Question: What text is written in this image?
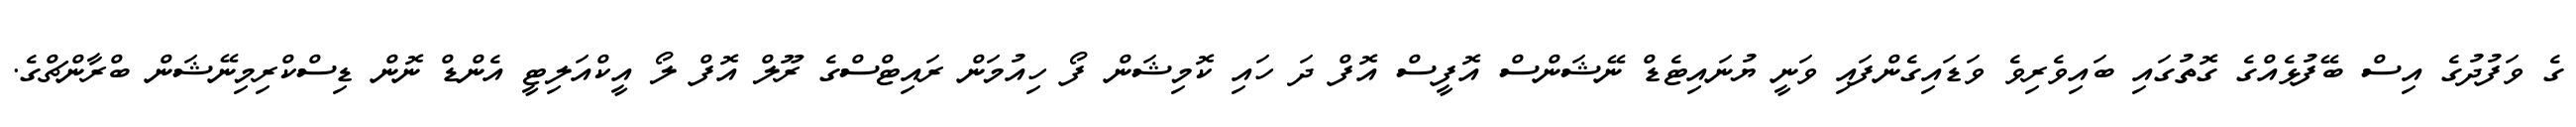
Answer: ގެ ވަފުދުގެ އިސް ބޭފުޅެއްގެ ގޮތުގައި ބައިވެރިވެ ވަޑައިގެންފައި ވަނީ ޔުނައިޓެޑް ނޭޝަންސް އޮފީސް އޮފް ދަ ހައި ކޮމިޝަން ފޯ ހިއުމަން ރައިޓްސްގެ ރޫލް އޮފް ލޯ އީކްއަލިޓީ އެންޑް ނޮން ޑިސްކްރިމިނޭޝަން ބްރާންޗްގެ.